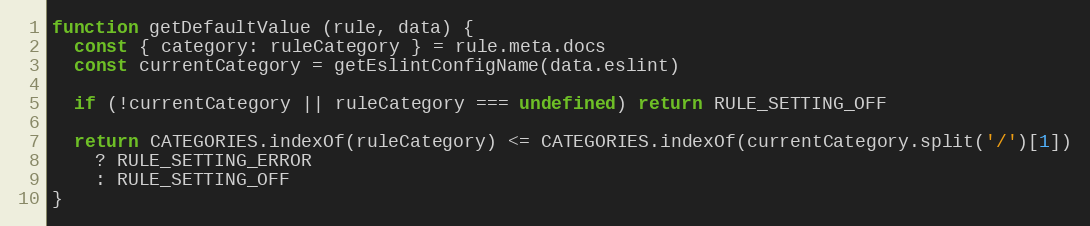
Language: JavaScript
function getDefaultValue (rule, data) {
  const { category: ruleCategory } = rule.meta.docs
  const currentCategory = getEslintConfigName(data.eslint)

  if (!currentCategory || ruleCategory === undefined) return RULE_SETTING_OFF

  return CATEGORIES.indexOf(ruleCategory) <= CATEGORIES.indexOf(currentCategory.split('/')[1])
    ? RULE_SETTING_ERROR
    : RULE_SETTING_OFF
}